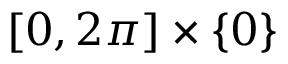
[ 0 , 2 \pi ] \times \{ 0 \}